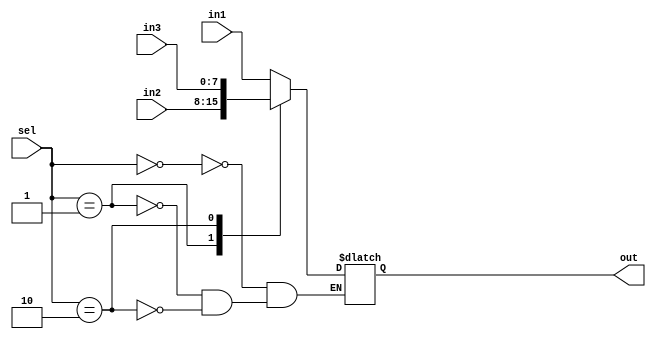
module mux8bit3to1 (in1, in2, in3, sel, out);
  input [7:0] in1, in2, in3;
  input[1:0] sel;
  output reg [7:0] out;
  always @ (in1, in2, in3, sel) begin
    case(sel)
    0:begin out = in1; end
    1:begin out = in2; end
    2:begin out = in3; end
    endcase
  end
endmodule // mux8bit3to1